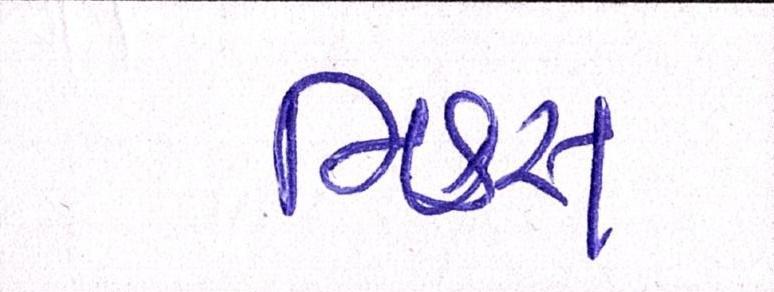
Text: મિક્સ